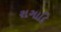
રાગાદિ